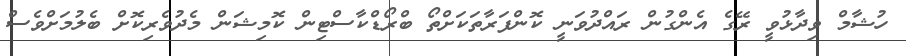
ހުޝާމް ވިދާޅުވީ ރޭގެ އެންގުން ރައްދުވަނީ ކޮންފަރާތަކަށްތޯ ބްރޯޑްކާސްޓިން ކޮމިޝަން މެދުވެރިކޮށް ބެލުމަށްވެސް